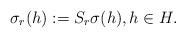
LaTeX: \begin{align*}\sigma_r(h) := S_r \sigma(h), h \in H.\end{align*}